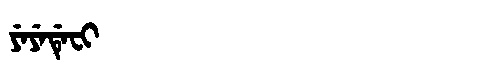
Manchu: ᠶᡝᠶᡝᡩᡝᠸᡳ
Romanization: YEYEDEFI